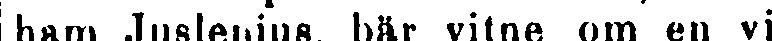
ham Juslenius, bär vitne om en vi-